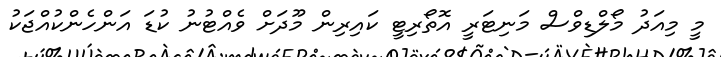
މީ މިއަދު މޯލްޑިވްސް މަނިޓަރީ އޮތޯރިޓީ ކައިރިން މޫދަށް ވެއްޓުނު ކުޑަ އަންހެންކުއްޖަކު